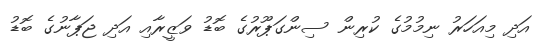
އަދި މިއަހަރު ނިމުމުގެ ކުރިން ސިންގަޕޫރުގެ ބޮޑު ވަޒީރާއި އަދި ޖަޕާނުގެ ބޮޑު